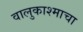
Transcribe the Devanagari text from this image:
वालुकाश्माचा